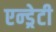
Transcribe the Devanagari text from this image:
एन्ड्रेटी